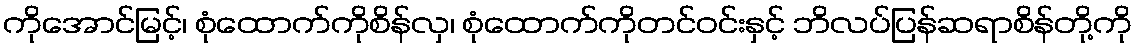
ကိုအောင်မြင့်၊ စုံထောက်ကိုစိန်လှ၊ စုံထောက်ကိုတင်ဝင်းနှင့် ဘိလပ်ပြန်ဆရာစိန်တို့ကို